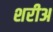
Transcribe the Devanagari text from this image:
शरीअ